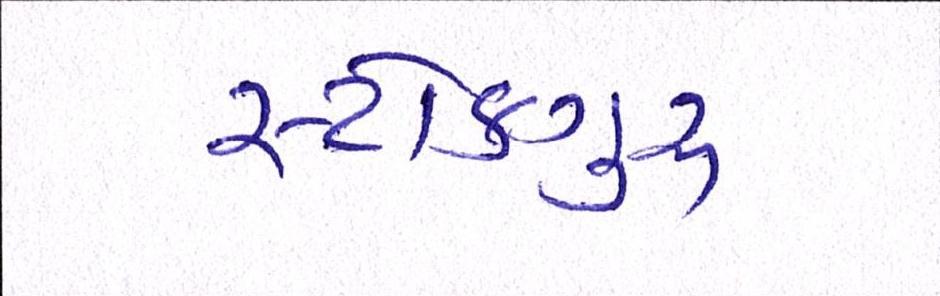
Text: સ્ટોકગુરૃ